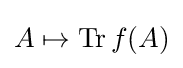
A\mapsto \operatorname {Tr} f(A)